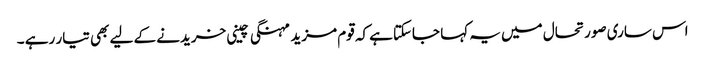
اس ساری صورتحال میں یہ کہا جاسکتاہے کہ قوم مزید مہنگی چینی خریدنے کے لیے بھی تیار رہے ۔